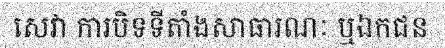
សេវា ការបិទទីតាំងសាធារណៈ ឬឯកជន